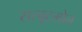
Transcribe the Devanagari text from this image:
सल्बूटमोल